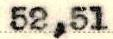
52,51